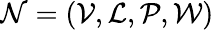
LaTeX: \mathcal{N}=(\mathcal{V},\mathcal{L},\mathcal{P},\mathcal{W})